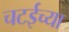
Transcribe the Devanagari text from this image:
चटईच्या